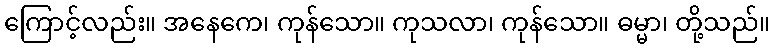
ကြောင့်လည်း။ အနေကေ၊ ကုန်သော။ ကုသလာ၊ ကုန်သော။ ဓမ္မာ၊ တို့သည်။